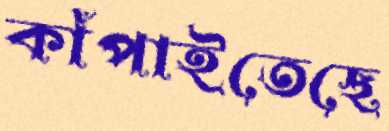
কাঁপাইতেছে